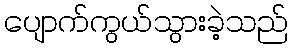
ပျောက်ကွယ်သွားခဲ့သည်